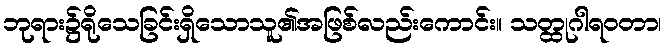
ဘုရား၌ရိုသေခြင်းရှိသောသူ၏အဖြစ်လည်းကောင်း။ သတ္ထုဂါရဝတာ၊